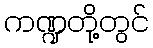
ကဏ္ဍတို့တွင်